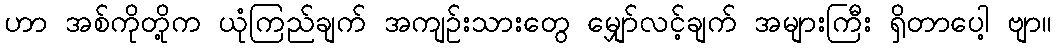
ဟာ အစ်ကိုတို့က ယုံကြည်ချက် အကျဉ်းသားတွေ မျှော်လင့်ချက် အများကြီး ရှိတာပေါ့ ဗျာ။